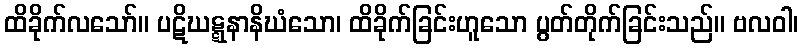
ထိခိုက်လသော်။ ပဋိဃဋ္ဋနာနိဃံသော၊ ထိခိုက်ခြင်းဟူသော ပွတ်တိုက်ခြင်းသည်။ ဗလဝါ၊